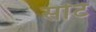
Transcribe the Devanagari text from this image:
सोंटे